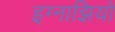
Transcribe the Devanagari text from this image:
इग्नाझियो